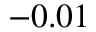
- 0 . 0 1